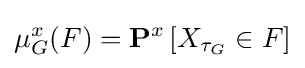
\mu _{G}^{x}(F)=\mathbf {P} ^{x}\left[X_{\tau _{G}}\in F\right]